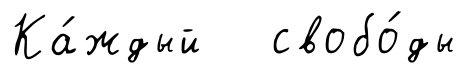
Ка́ждый свобо́ды